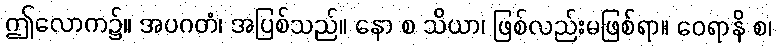
ဤလောက၌။ အပဂတံ၊ အပြစ်သည်။ နော စ သိယာ၊ ဖြစ်လည်းမဖြစ်ရာ။ ဝေရာနိ စ၊